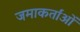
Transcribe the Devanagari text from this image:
जमाकर्तांओं